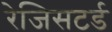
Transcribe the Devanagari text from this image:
रेजिसटर्ड